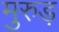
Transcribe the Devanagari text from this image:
मुरुड़